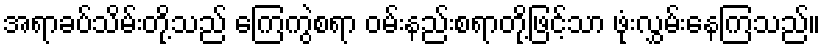
အရာခပ်သိမ်းတို့သည် ကြေကွဲစရာ ဝမ်းနည်းစရာတို့ဖြင့်သာ ဖုံးလွှမ်းနေကြသည်။